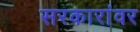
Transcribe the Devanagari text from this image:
सरकारांवर